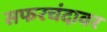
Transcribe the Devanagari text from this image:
सफरचंदावर